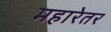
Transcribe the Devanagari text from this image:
महारेतर